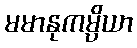
မမာနုကမ္ပိယာ